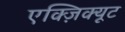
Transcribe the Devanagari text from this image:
एक्ज़िक्यूट